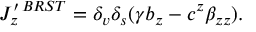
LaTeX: J _ { z } ^ { \prime \, B R S T } = \delta _ { v } \delta _ { s } ( \gamma b _ { z } - c ^ { z } \beta _ { z z } ) .